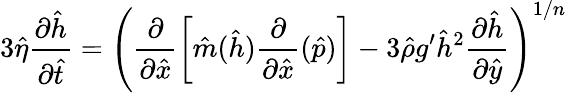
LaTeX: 3\hat{\eta}\frac{\partial\hat{h}}{\partial\hat{t}}=\left(\frac{\partial}{\partial\hat{x}}\left[\hat{m}(\hat{h})\frac{\partial}{\partial\hat{x}}(\hat{p})\right]-3\hat{\rho}g^{\prime}\hat{h}^{2}\frac{\partial\hat{h}}{\partial\hat{y}}\right)^{1/n}